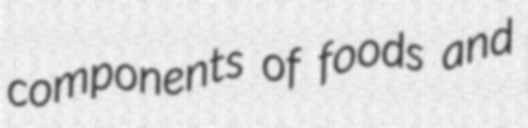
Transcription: components of foods and